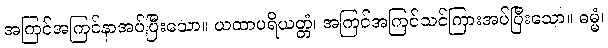
အကြင်အကြင်နာအပ်ပြီးသော။ ယထာပရိယတ္တံ၊ အကြင်အကြင်သင်ကြားအပ်ပြီးသော။ ဓမ္မံ၊